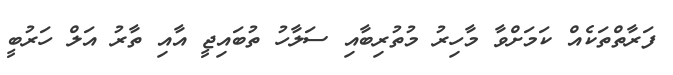
ފަރާތްތަކެއް ކަމަށްވާ މާހިރު މުތުރިބާއި ސަލާހު ތުބައިޖީ އާއި ތާރު އަލް ހަރުބީ